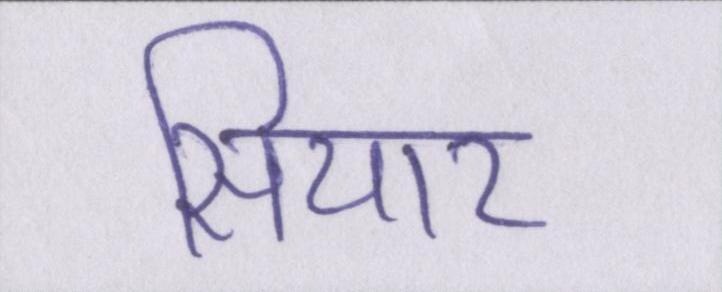
सियार